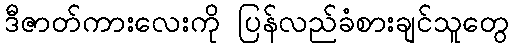
ဒီဇာတ်ကားလေးကို ပြန်လည်ခံစားချင်သူတွေ